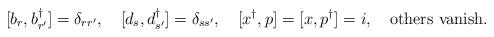
LaTeX: \begin{align*}[ b_r ,b^{\dagger}_{r^\prime} ]=\delta_{r r^\prime} ,~~~ [ d_s ,d^{\dagger}_{s^\prime} ]=\delta_{s s^\prime} ,~~~ [x^{\dagger} ,p]=[x,p^{\dagger} ]=i,~~~ \mbox{others vanish}.\end{align*}